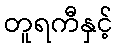
တူရကီနှင့်